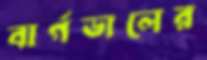
বার্গডালের